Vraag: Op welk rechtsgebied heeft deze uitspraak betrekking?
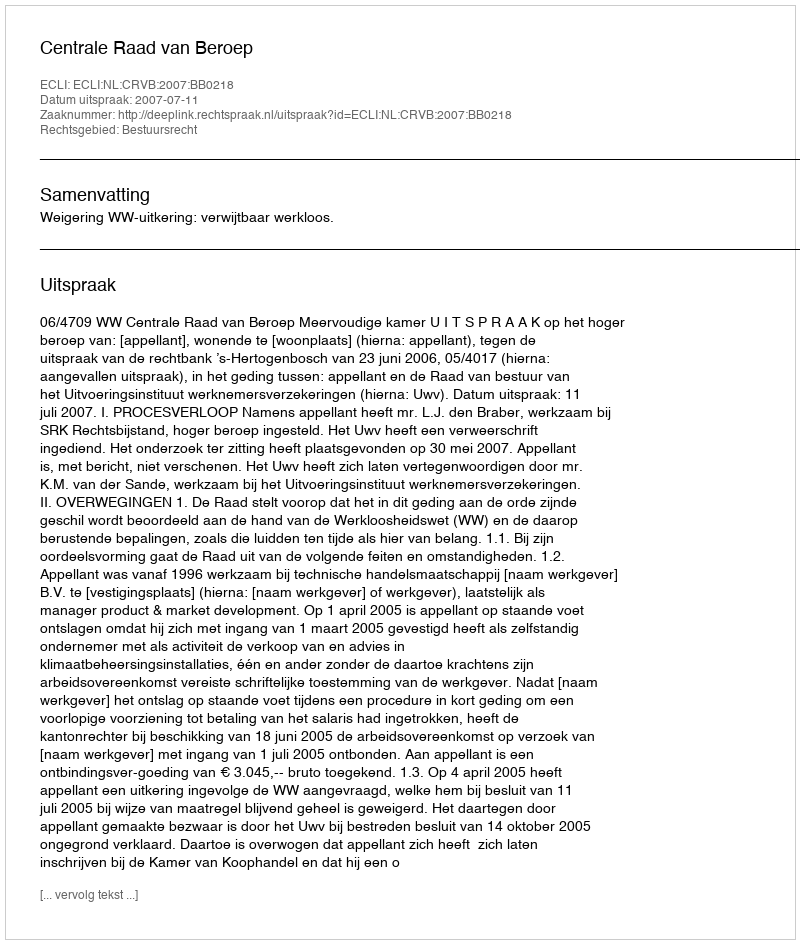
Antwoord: Bestuursrecht